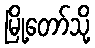
မြို့တော်သို့